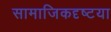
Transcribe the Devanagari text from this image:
सामाजिकदृष्‍टया